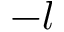
- l